Insane asylums in Bengal annual reports 1876-1887 - 1876-1887
Year: 1876
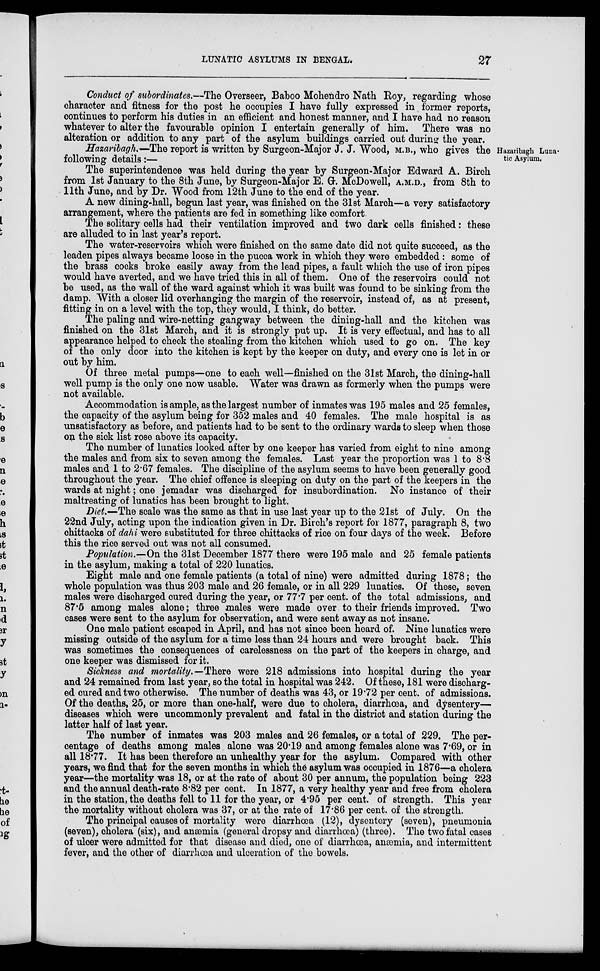
LUNATIC ASYLUMS IN BENGAL.
27
Conduct of subordinates.—The Overseer, Baboo Mohendro Nath Roy, regarding whose
character and fitness for the post he occupies I have fully expressed in former reports,
continues to perform his duties in an efficient and honest manner, and I have had no reason
whatever to alter the favourable opinion I entertain generally of him. There was no
alteration or addition to any part of the asylum buildings carried out during: the year.
Hazaribagh Luna-
tic Asylum.
Hazaribagh.—The report is written by Surgeon-Major J. J. Wood, M.B., who gives the
following details:—
The superintendence was held during the year by Surgeon-Major Edward A. Birch
from 1st January to the 8th June, by Surgeon-Major E. G. McDowell, A.M.D., from 8th to
11th June, and by Dr. Wood from 12th June to the end of the year.
A new dining-hall, begun last year, was finished on the 31st March—a very satisfactory
arrangement, where the patients are fed in something like comfort.
The solitary cells had their ventilation improved and two dark cells finished: these
are alluded to in last year's report.
The water-reservoirs which were finished on the same date did not quite succeed, as the
leaden pipes always became loose in the pucca work in which they were embedded : some of
the brass cocks broke easily away from the lead pipes, a fault which the use of iron pipes
would have averted, and we have tried this in all of them. One of the reservoirs could not
be used, as the wall of the ward against which it was built was found to be sinking from the
damp. With a closer lid overhanging the margin of the reservoir, instead of, as at present,
fitting in on a level with the top, they would, I think, do better.
The paling and wire-netting gangway between the dining-hall and the kitchen was
finished on the 31st March, and it is strongly put up. It is very effectual, and has to all
appearance helped to check the stealing from the kitchen which used to go on. The key
of the only door into the kitchen is kept by the keeper on duty, and every one is let in or
out by him.
Of three metal pumps—one to each well—finished on the 31st March, the dining-hall
well pump is the only one now usable. Water was drawn as formerly when the pumps were
not available.
Accommodation is ample, as the largest number of inmates was 195 males and 25 females,
the capacity of the asylum being for 352 males and 40 females. The male hospital is as
unsatisfactory as before, and patients had to be sent to the ordinary wards to sleep when those
on the sick list rose above its capacity.
The number of lunatics looked after by one keeper has varied from eight to nine among
the males and from six to seven among the females. Last year the proportion was 1 to 8.8
males and 1 to 2.67 females. The discipline of the asylum seems to have been generally good
throughout the year. The chief offence is sleeping on duty on the part of the keepers in the
wards at night; one jemadar was discharged for insubordination. No instance of their
maltreating of lunatics has been brought to light.
Diet—The scale was the same as that in use last year up to the 21st of July. On the
22nd July, acting upon the indication given in Dr. Birch's report for 1877, paragraph 8, two
chittacks of dahi were substituted for three chittacks of rice on four days of the week. Before
this the rice served out was not all consumed.
Population.—On the 31st December 1877 there were 195 male and 25 female patients
in the asylum, making a total of 220 lunatics.
Eight male and one female patients (a total of nine) were admitted during 1878; the
whole population was thus 203 male and 26 female, or in all 229 lunatics. Of these, seven
males were discharged cured during the year, or 77.7 per cent. of the total admissions, and
87.5 among males alone; three males were made over to their friends improved. Two
cases were sent to the asylum for observation, and were sent away as not insane.
One male patient escaped in April, and has not since been heard of. Nine lunatics were
missing outside of the asylum for a time less than 24 hours and were brought back. This
was sometimes the consequences of carelessness on the part of the keepers in charge, and
one keeper was dismissed for it.
Sickness and mortality.—There were 218 admissions into hospital during the year
and 24 remained from last year, so the total in hospital was 242. Of these, 181 were discharg-
ed cured and two otherwise. The number of deaths was 43, or 19.72 per cent. of admissions.
Of the deaths, 25, or more than one-half, were due to cholera, diarrhœa, and dysentery—
diseases which were uncommonly prevalent and fatal in the district and station during the
latter half of last year.
The number of inmates was 203 males and 26 females, or a total of 229. The per-
centage of deaths among males alone was 20.19 and among females alone was 7.69, or in
all 18.77. It has been therefore an unhealthy year for the asylum. Compared with other
years, we find that for the seven months in which the asylum was occupied in 1876—a cholera
year—the mortality was 18, or at the rate of about 30 per annum, the population being 223
and the annual death-rate 8.82 per cent. In 1877, a very healthy year and free from cholera
in the station, the deaths fell to 11 for the year, or 4.95 per cent. of strength. This year
the mortality without cholera was 37, or at the rate of 17.86 per cent. of the strength.
The principal causes of mortality were diarrhœa (12), dysentery (seven), pneumonia
(seven), cholera (six), and anæmia (general dropsy and diarrhœa) (three). The two fatal cases
of ulcer were admitted for that disease and died, one of diarrhoea, anæmia, and intermittent
fever, and the other of diarrhœa and ulceration of the bowels.